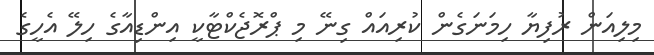
މިލިއަން ރުފިޔާ ހިމަނަގެން ކުރިއައް ގިނޭ މި ޕްރޮޖެކްޓާކީ އިންޑިއާގެ ހިލޭ އެހީގެ